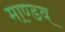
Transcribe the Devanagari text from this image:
माण्डव